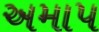
અમાપ